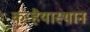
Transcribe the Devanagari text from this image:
कन्हैयास्थान